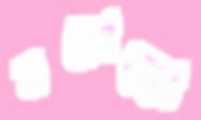
মরোক্কো